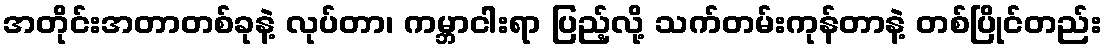
အတိုင်းအတာတစ်ခုနဲ့ လုပ်တာ၊ ကမ္ဘာငါးရာ ပြည့်လို့ သက်တမ်းကုန်တာနဲ့ တစ်ပြိုင်တည်း